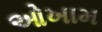
ઓખામ